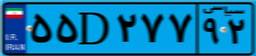
۴۲D۹۵۰۴۹